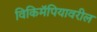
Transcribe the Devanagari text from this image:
विकिमॅपियावरील